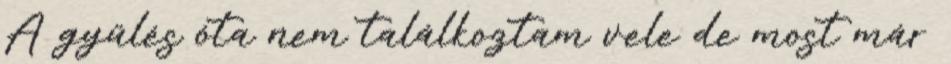
A gyűlés óta nem találkoztam vele de most már